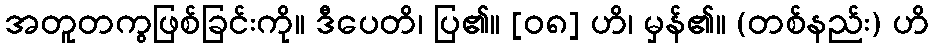
အတူတကွဖြစ်ခြင်းကို။ ဒီပေတိ၊ ပြ၏။ [၀၈] ဟိ၊ မှန်၏။ (တစ်နည်း) ဟိ